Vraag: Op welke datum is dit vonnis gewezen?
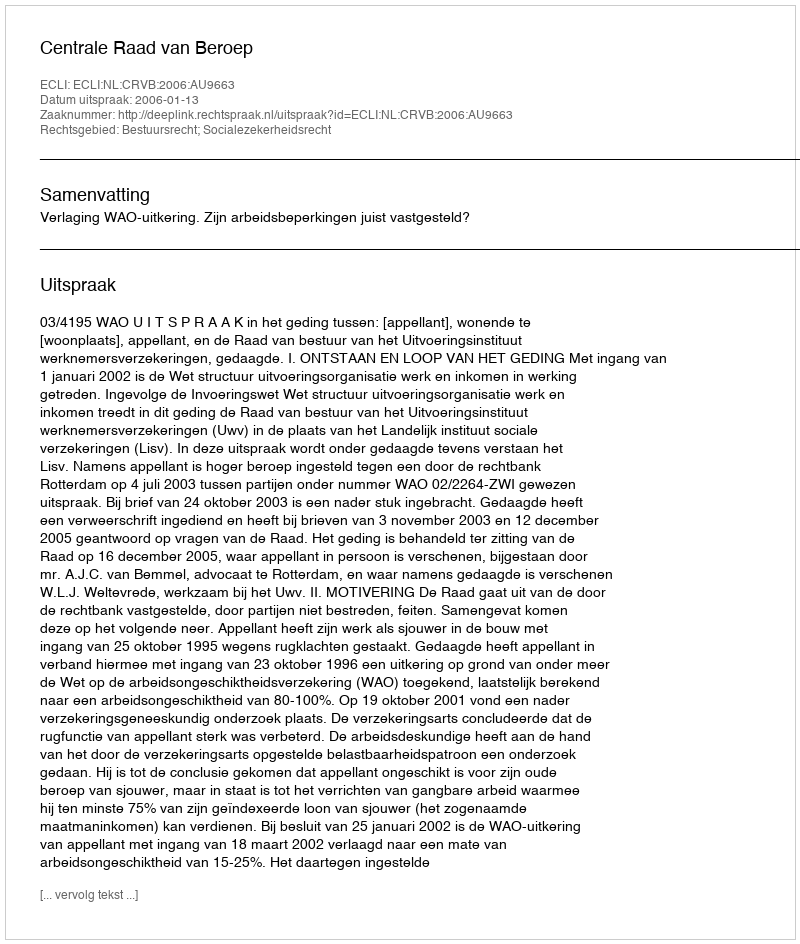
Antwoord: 2006-01-13